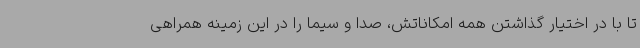
تا با در اختیار گذاشتن همه امکاناتش، صدا و سیما را در این زمینه همراهی